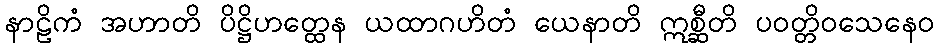
နာဠိကံ အဟာတိ ပိဋ္ဌိဟတ္ထေန ယထာဂဟိတံ ယေနာတိ ဣစ္ဆီတိ ပဝတ္တိဝသေနေဝ